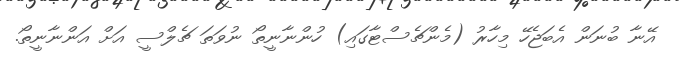
އޭނާ ބުނަން އެބަޖެހޭ މިހާރު (މެންޗެސްޓާގައި) ހުންނާނީތޯ ނުވަތަ ޗެލްސީ އަށް އަންނާނީތޯ.